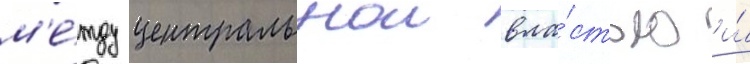
м'е́жду центральнои вла́стью и́